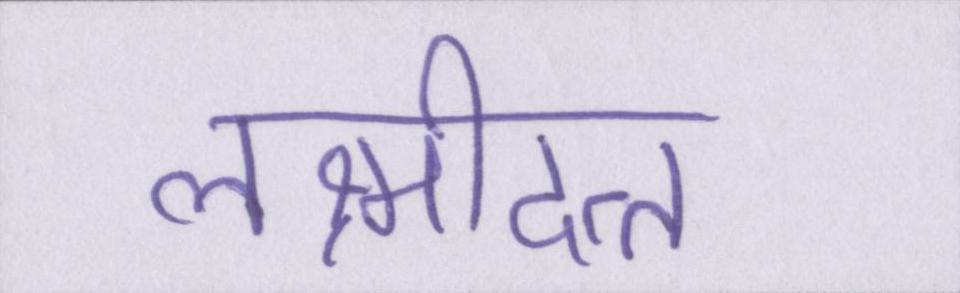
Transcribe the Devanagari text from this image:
लक्ष्मीदत्त